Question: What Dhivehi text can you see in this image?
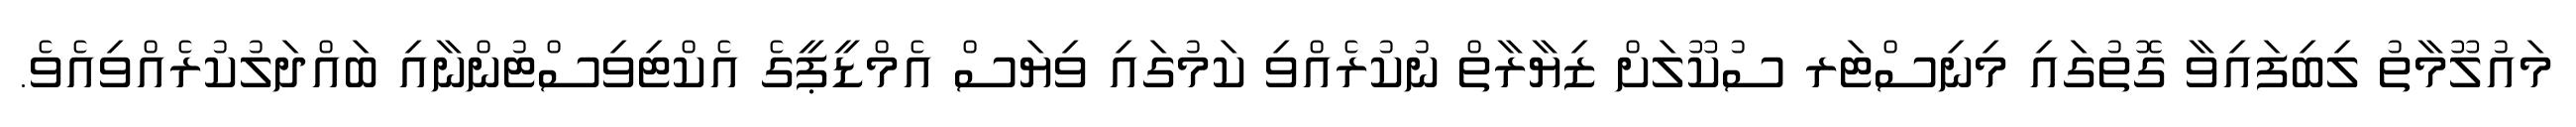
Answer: މައުލޫމާތު ލިބިފައިވާ ގޮތުގައި މިނިސްޓަރ ސުކޫލަށް ޒިޔާރާތް ނުކުރެއްވި ކަމުގައި ވިޔަސް އެމްޑީޕީގެ އެކްޓިވިސްޓުންނާއި ބައްދަލުކުރެއްވިއެވެ.